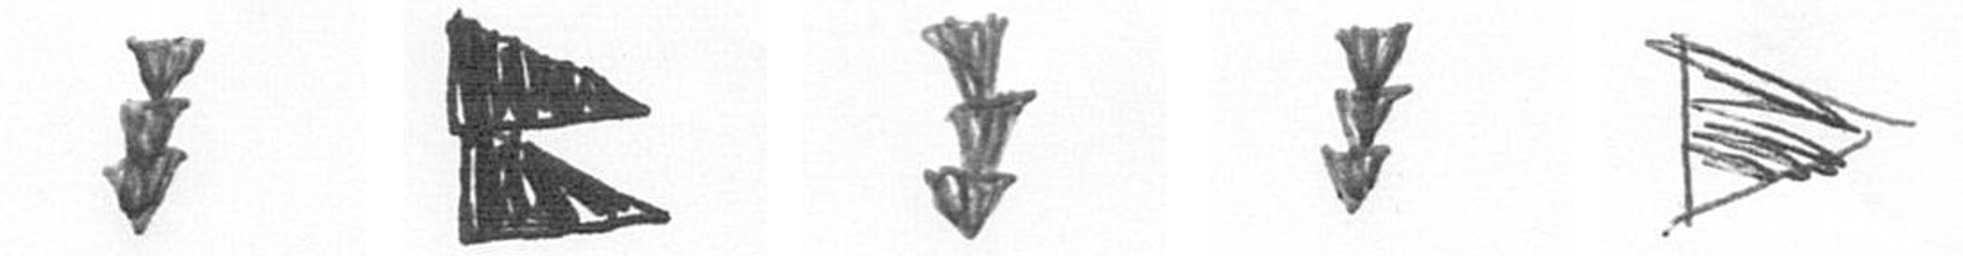
E P E E T